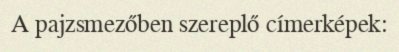
A pajzsmezőben szereplő címerképek: